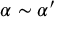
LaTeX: \alpha \sim \alpha ^ { \prime }